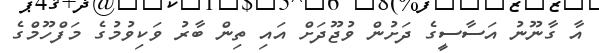
އާ ގާނޫނު އަސާސީގެ ދަށުން ވުޖޫދަށް އައި ތިން ބާރު ވަކިވުމުގެ މަފްހޫމްގެ